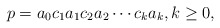
\begin{align*}p = a_0 c_1 a_1 c_2 a_2 \cdots c_k a_k, k \geq 0,\end{align*}